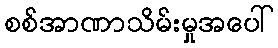
စစ်အာဏာသိမ်းမှုအပေါ်